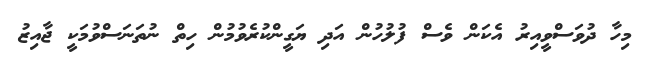
މިހާ ދުވަސްވީއިރު އެކަން ވެސް ފުލުހުން އަދި ޔަގީންކުރެވުމުން ހިތް ނުތަނަސްވުމަކީ ޖާއިޒު